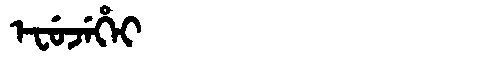
Manchu: ᡝᠸᡠᠵᡝᡥᡝᡳ
Romanization: EFUJEHEI